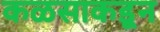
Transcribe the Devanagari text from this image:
कळसाकडून